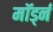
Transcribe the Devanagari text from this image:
मॉर्ड्न